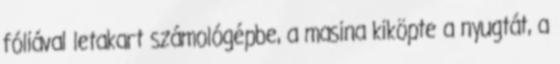
fóliával letakart számológépbe, a masina kiköpte a nyugtát, a